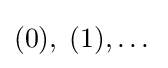
(0),\;(1),\dots